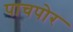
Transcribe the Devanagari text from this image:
पाचपोर